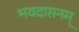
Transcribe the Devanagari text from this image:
भवदासनम्